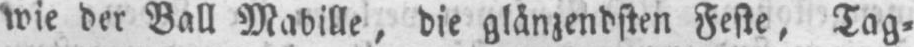
wie der Ball Mabille, die glänzendsten Feste, Tag⸗